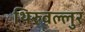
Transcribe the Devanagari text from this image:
थिरुवल्लुर